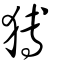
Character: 猼